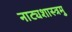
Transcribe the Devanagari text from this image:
नाट्यशास्त्रमु